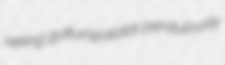
reking gutturopalatal pendulously